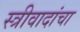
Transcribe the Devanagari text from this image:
स्त्रीवादांचा